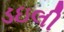
ડઇલી